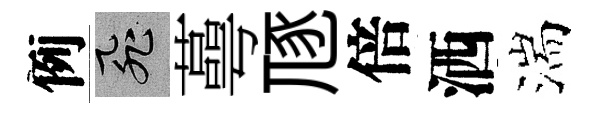
例飛蕚豗倍洒湍